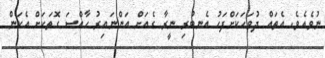
ނުވެއެވެ. އެތައް ދުވަހަކަށްފަހު އެނބުރި ނީރާ ގެއަށް އަންނައިރު ހާއްސަ ގޮތަކަށް އެކަން